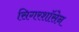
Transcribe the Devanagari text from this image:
सिगरशॉसेन